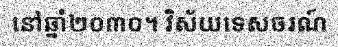
នៅឆ្នាំ២០៣០។ វិស័យទេសចរណ៍